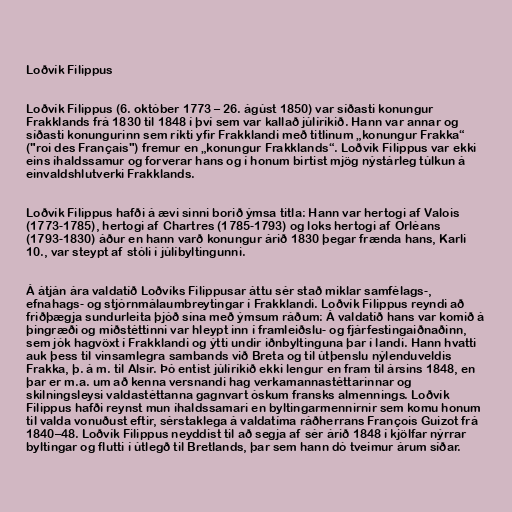
Loðvík Filippus

Loðvík Filippus (6. október 1773 – 26. ágúst 1850) var síðasti konungur
Frakklands frá 1830 til 1848 í því sem var kallað júlíríkið. Hann var annar og
síðasti konungurinn sem ríkti yfir Frakklandi með titlinum „konungur Frakka“
("roi des Français") fremur en „konungur Frakklands“. Loðvík Filippus var ekki
eins íhaldssamur og forverar hans og í honum birtist mjög nýstárleg túlkun á
einvaldshlutverki Frakklands.

Loðvík Filippus hafði á ævi sinni borið ýmsa titla: Hann var hertogi af Valois
(1773-1785), hertogi af Chartres (1785-1793) og loks hertogi af Orléans
(1793-1830) áður en hann varð konungur árið 1830 þegar frænda hans, Karli
10., var steypt af stóli í júlíbyltingunni.

Á átján ára valdatíð Loðvíks Filippusar áttu sér stað miklar samfélags-,
efnahags- og stjórnmálaumbreytingar í Frakklandi. Loðvík Filippus reyndi að
friðþægja sundurleita þjóð sína með ýmsum ráðum: Á valdatíð hans var komið á
þingræði og miðstéttinni var hleypt inn í framleiðslu- og fjárfestingaiðnaðinn,
sem jók hagvöxt í Frakklandi og ýtti undir iðnbyltinguna þar í landi. Hann hvatti
auk þess til vinsamlegra sambands við Breta og til útþenslu nýlenduveldis
Frakka, þ. á m. til Alsír. Þó entist júlíríkið ekki lengur en fram til ársins 1848, en
þar er m.a. um að kenna versnandi hag verkamannastéttarinnar og
skilningsleysi valdastéttanna gagnvart óskum fransks almennings. Loðvík
Filippus hafði reynst mun íhaldssamari en byltingarmennirnir sem komu honum
til valda vonuðust eftir, sérstaklega á valdatíma ráðherrans François Guizot frá
1840–48. Loðvík Filippus neyddist til að segja af sér árið 1848 í kjölfar nýrrar
byltingar og flutti í útlegð til Bretlands, þar sem hann dó tveimur árum síðar.